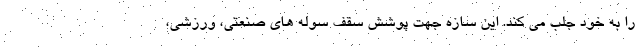
را به خود جلب می کند. این سازه جهت پوشش سقف سوله های صنعتی، ورزشی،